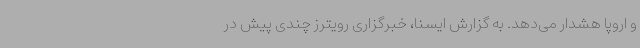
و اروپا هشدار می‌دهد. به گزارش ایسنا، خبرگزاری رویترز چندی پیش در